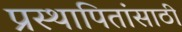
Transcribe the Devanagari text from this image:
प्रस्थापितांसाठी